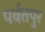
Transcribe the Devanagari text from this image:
पर्वतपुर